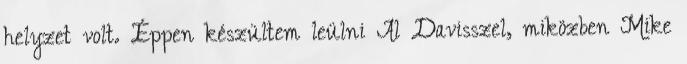
helyzet volt. Éppen készültem leülni Al Davisszel, miközben Mike